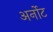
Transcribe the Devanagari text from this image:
अर्नोट